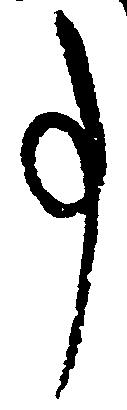
事